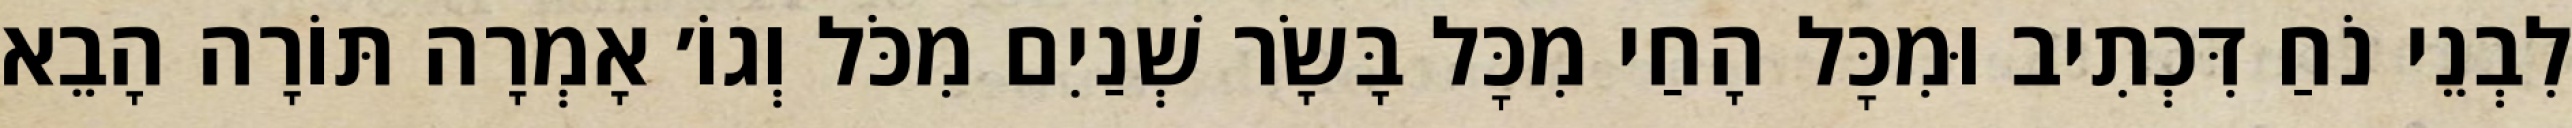
לִבְנֵי נֹחַ דִּכְתִיב וּמִכׇּל הָחַי מִכׇּל בָּשָׂר שְׁנַיִם מִכֹּל וְגוֹ׳ אָמְרָה תּוֹרָה הָבֵא